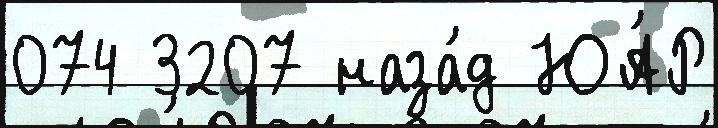
074 3207 наза́д ЮА́Р